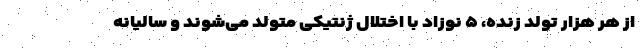
از هر هزار تولد زنده، ۵ نوزاد با اختلال ژنتیکی متولد می‌شوند و سالیانه